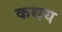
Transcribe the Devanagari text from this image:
कथय